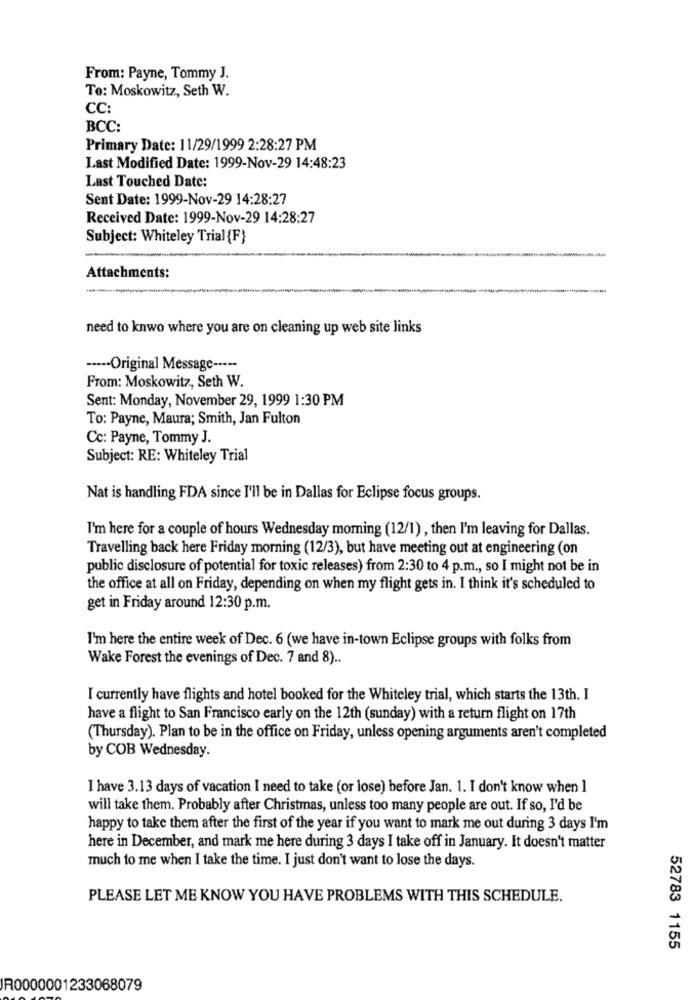
From: Payne, Tommy J.
To: Moskowitz, Seth W.
CC:
BCC:
Primary Date: 11/29/1999 2:28:27 PM
Last Modified Date: 1999-Nov-29 14:48:23
Last Touched Date:
Sent Date: 1999-Nov-29 14:28:27
Received Date: 1999-Nov-29 14:28:27
Subject: Whiteley Trial{F}
Attachments:
need to knwo where you are on cleaning up web site links
----- Original Message -----
From: Moskowitz, Seth W.
Sent: Monday, November 29, 1999 1:30 PM
To: Payne, Maura; Smith, Jan Fulton
Cc: Payne, Tommy J.
Subject: RE: Whiteley Trial
Nat is handling FDA since I'll be in Dallas for Eclipse focus groups.
I'm here for a couple of hours Wednesday morning (12/1) , then I'm leaving for Dallas.
Travelling back here Friday morning (12/3), but have meeting out at engineering (on
public disclosure of potential for toxic releases) from 2:30 to 4 p.m ., so I might not be in
the office at all on Friday, depending on when my flight gets in. I think it's scheduled to
get in Friday around 12:30 p.m.
I'm here the entire week of Dec. 6 (we have in-town Eclipse groups with folks from
Wake Forest the evenings of Dec. 7 and 8) ..
I currently have flights and hotel booked for the Whiteley trial, which starts the 13th. I
have a flight to San Francisco early on the 12th (sunday) with a return flight on 17th
(Thursday). Plan to be in the office on Friday, unless opening arguments aren't completed
by COB Wednesday.
I have 3.13 days of vacation I need to take (or lose) before Jan. 1. I don't know when 1
will take them. Probably after Christmas, unless too many people are out. If so, I'd be
happy to take them after the first of the year if you want to mark me out during 3 days I'm
here in December, and mark me here during 3 days I take off in January. It doesn't matter
much to me when I take the time. I just don't want to lose the days.
PLEASE LET ME KNOW YOU HAVE PROBLEMS WITH THIS SCHEDULE.
52783 1155
IR0000001233068079